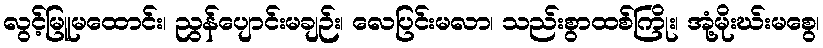
လွင့်မြူမထောင်း၊ ညွန်ပျောင်းမချဉ်း၊ လေပြင်းမလာ၊ သည်းစွာထစ်ကြိုး၊ အုံ့မိုးဃ်းမစွေ၊